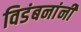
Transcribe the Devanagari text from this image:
विडंबनांनी